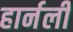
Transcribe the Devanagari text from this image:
हार्नली